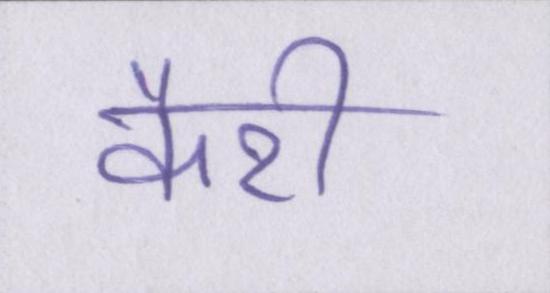
कैरी